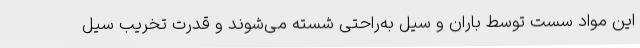
این مواد سست توسط باران و سیل به‌راحتی شسته می‌شوند و قدرت تخریب سیل